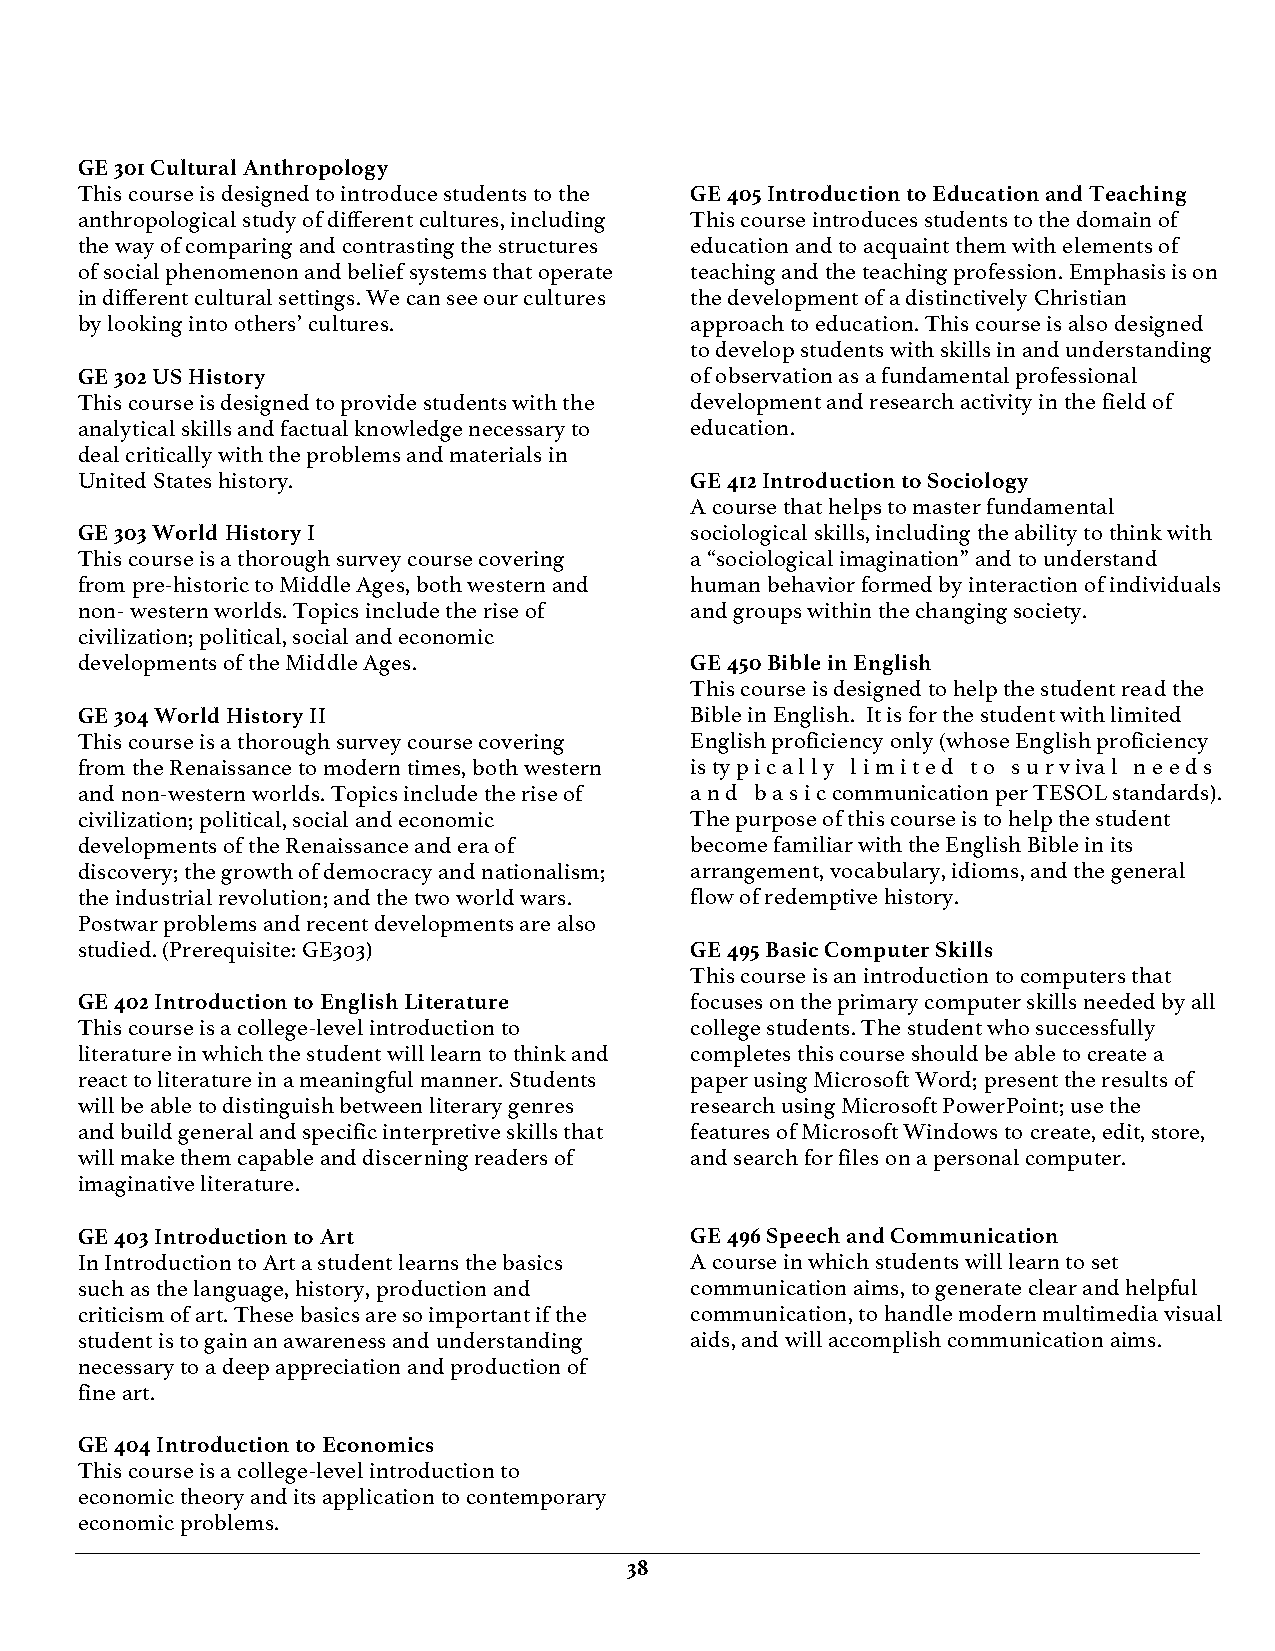
GE 301 Cultural Anthropology
 This course is designed to introduce students to the GE 405 Introduction to Education and Teaching
 anthropological study of different cultures, including This course introduces students to the domain of
 the way of comparing and contrasting the structures education and to acquaint them with elements of
 of social phenomenon and belief systems that operate teaching and the teaching profession. Emphasis is on
 in different cultural settings. We can see our cultures the development of a distinctively Christian
 by looking into others’ cultures.        approach to education. This course is also designed
 to develop students with skills in and understanding
 GE 302 US History                        of observation as a fundamental professional
 This course is designed to provide students with the development and research activity in the field of
 analytical skills and factual knowledge necessary to education.
 deal critically with the problems and materials in
 United States history.                   GE 412 Introduction to Sociology
 A course that helps to master fundamental
 GE 303 World History I                   sociological skills, including the ability to think with
 This course is a thorough survey course covering a “sociological imagination” and to understand
 from pre-historic to Middle Ages, both western and human behavior formed by interaction of individuals
 non- western worlds. Topics include the rise of and groups within the changing society.
 civilization; political, social and economic
 developments of the Middle Ages.         GE 450 Bible in English
 This course is designed to help the student read the
 GE 304 World History II                  Bible in English. It is for the student with limited
 This course is a thorough survey course covering English proficiency only (whose English proficiency
 from the Renaissance to modern times, both western is ty p i c a l l y l i m i t e d t o s u r v iva l n e e d s
 and non-western worlds. Topics include the rise of a n d b a s i c communication per TESOL standards).
 civilization; political, social and economic The purpose of this course is to help the student
 developments of the Renaissance and era of become familiar with the English Bible in its
 discovery; the growth of democracy and nationalism; arrangement, vocabulary, idioms, and the general
 the industrial revolution; and the two world wars. flow of redemptive history.
 Postwar problems and recent developments are also
 studied. (Prerequisite: GE303)           GE 495 Basic Computer Skills
 This course is an introduction to computers that
 GE 402 Introduction to English Literature focuses on the primary computer skills needed by all
 This course is a college-level introduction to college students. The student who successfully
 literature in which the student will learn to think and completes this course should be able to create a
 react to literature in a meaningful manner. Students paper using Microsoft Word; present the results of
 will be able to distinguish between literary genres research using Microsoft PowerPoint; use the
 and build general and specific interpretive skills that features of Microsoft Windows to create, edit, store,
 will make them capable and discerning readers of and search for files on a personal computer.
 imaginative literature.
 GE 403 Introduction to Art               GE 496 Speech and Communication
 In Introduction to Art a student learns the basics A course in which students will learn to set
 such as the language, history, production and communication aims, to generate clear and helpful
 criticism of art. These basics are so important if the communication, to handle modern multimedia visual
 student is to gain an awareness and understanding aids, and will accomplish communication aims.
 necessary to a deep appreciation and production of
 fine art.
 GE 404 Introduction to Economics
 This course is a college-level introduction to
 economic theory and its application to contemporary
 economic problems.
 38